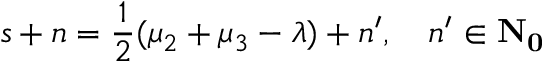
s + n = \frac { 1 } { 2 } ( \mu _ { 2 } + \mu _ { 3 } - \lambda ) + n ^ { \prime } , \quad n ^ { \prime } \in \bf { N } _ { 0 }